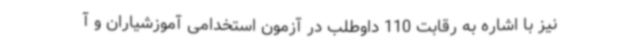
نیز با اشاره به رقابت 110 داوطلب در آزمون استخدامی آموزشیاران و آ